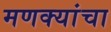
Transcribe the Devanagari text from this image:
मणक्यांचा